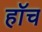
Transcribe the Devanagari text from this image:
हाॅच